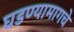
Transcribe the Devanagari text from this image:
घडण्यामागचे